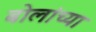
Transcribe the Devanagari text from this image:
बोलांच्या